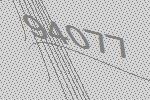
94077